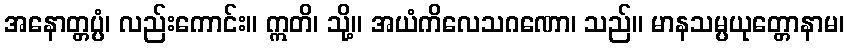
အနောတ္တပ္ပံ၊ လည်းကောင်း။ ဣတိ၊ သို့။ အယံကိလေသဂဏော၊ သည်။ မာနသမ္ပယုတ္တောနာမ၊